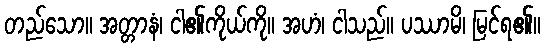
တည်သော။ အတ္တာနံ၊ ငါ၏ကိုယ်ကို။ အဟံ၊ ငါသည်။ ပဿာမိ၊ မြင်ရ၏။